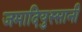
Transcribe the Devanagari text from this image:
जमादियुस्सानी